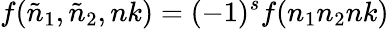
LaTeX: f({\tilde{n}}_{1},{\tilde{n}}_{2},nk)=(-1)^{s}f(n_{1}n_{2}nk)